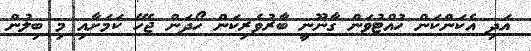
އަދި އެކަންކަން ހުއްޓުވަން ގާނޫނީ ބާރުވެރިކަން ހޯދަން ޖެހޭ ކަމަށާއި މި ބިލުން